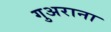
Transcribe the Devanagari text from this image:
गुअराना